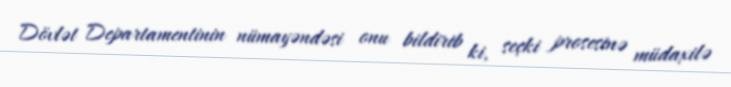
Dövlət Departamentinin nümayəndəsi onu bildirib ki, seçki prosesinə müdaxilə